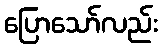
ပြောသော်လည်း